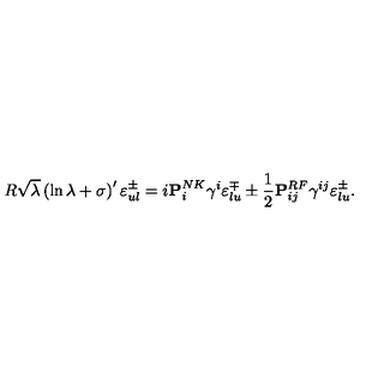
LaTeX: R \sqrt { \lambda } \left( \ln { \lambda } + \sigma \right) ^ { \prime } \varepsilon _ { u l } ^ { \pm } = i { \bf P } _ { i } ^ { N K } \gamma ^ { i } \varepsilon _ { l u } ^ { \mp } \pm { \frac { 1 } { 2 } } { \bf P } _ { i j } ^ { R F } \gamma ^ { i j } \varepsilon _ { l u } ^ { \pm } .